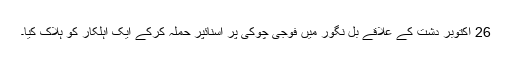
26 اکتوبر دشت کے علاقے بل نگور میں فوجی چوکی پر اسنائپر حملہ کرکے ایک اہلکار کو ہلاک کیا۔